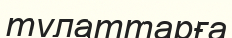
тулаттарға